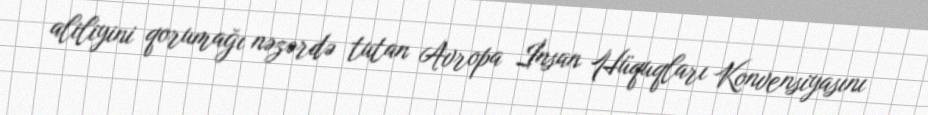
aliliyini qorumağı nəzərdə tutan Avropa İnsan Hüquqları Konvensiyasını